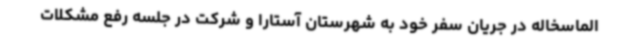
الماسخاله در جریان سفر خود به شهرستان آستارا و شرکت در جلسه رفع مشکلات